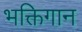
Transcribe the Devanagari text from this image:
भक्तिगान